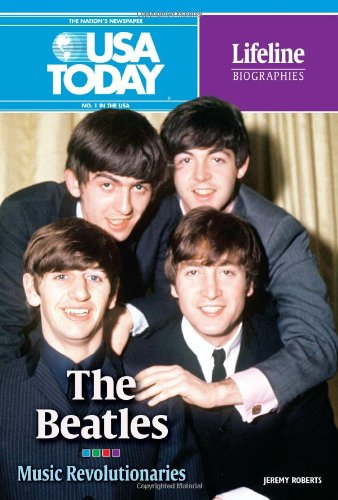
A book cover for The Beatles: Music Revolutionaries (USA Today Lifeline Biographies); Jeremy Roberts; Teen & Young Adult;